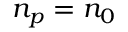
n _ { p } = n _ { 0 }